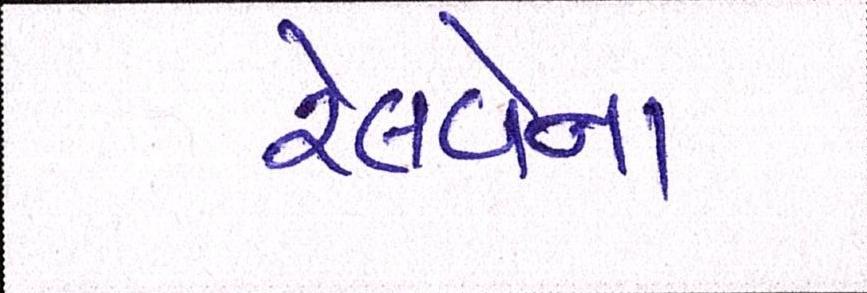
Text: રેલવેના